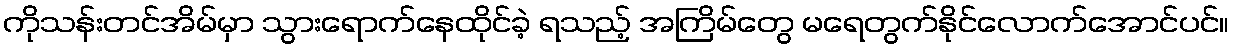
ကိုသန်းတင်အိမ်မှာ သွားရောက်နေထိုင်ခဲ့ ရသည့် အကြိမ်တွေ မရေတွက်နိုင်လောက်အောင်ပင်။